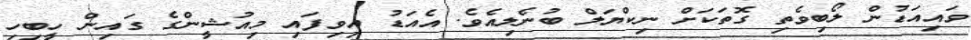
ވައިއަޑުން ލޯބިވެތި ގޮތަކަށް ނިކްޔަލް ބުނެލިއެވެ. އެއަޑު އިވިފައި މިއުޝީންގެ ގައިން ހީބިހި